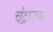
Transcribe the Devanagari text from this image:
चंद्राजवळ